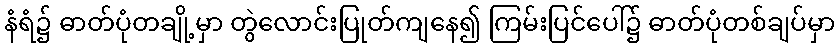
နံရံ၌ ဓာတ်ပုံတချို့မှာ တွဲလောင်းပြုတ်ကျနေ၍ ကြမ်းပြင်ပေါ်၌ ဓာတ်ပုံတစ်ချပ်မှာ